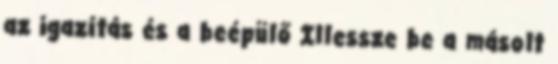
az igazítás és a beépülő Illessze be a másolt